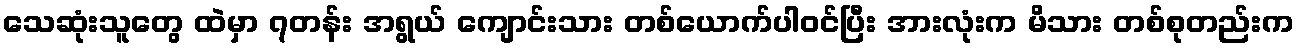
သေဆုံးသူတွေ ထဲမှာ ၇တန်း အရွယ် ကျောင်းသား တစ်ယောက်ပါဝင်ပြီး အားလုံးက မိသား တစ်စုတည်းက